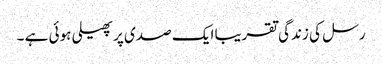
رسل کی زندگی تقریبا ایک صدی پر پھیلی ہوئی ہے ۔